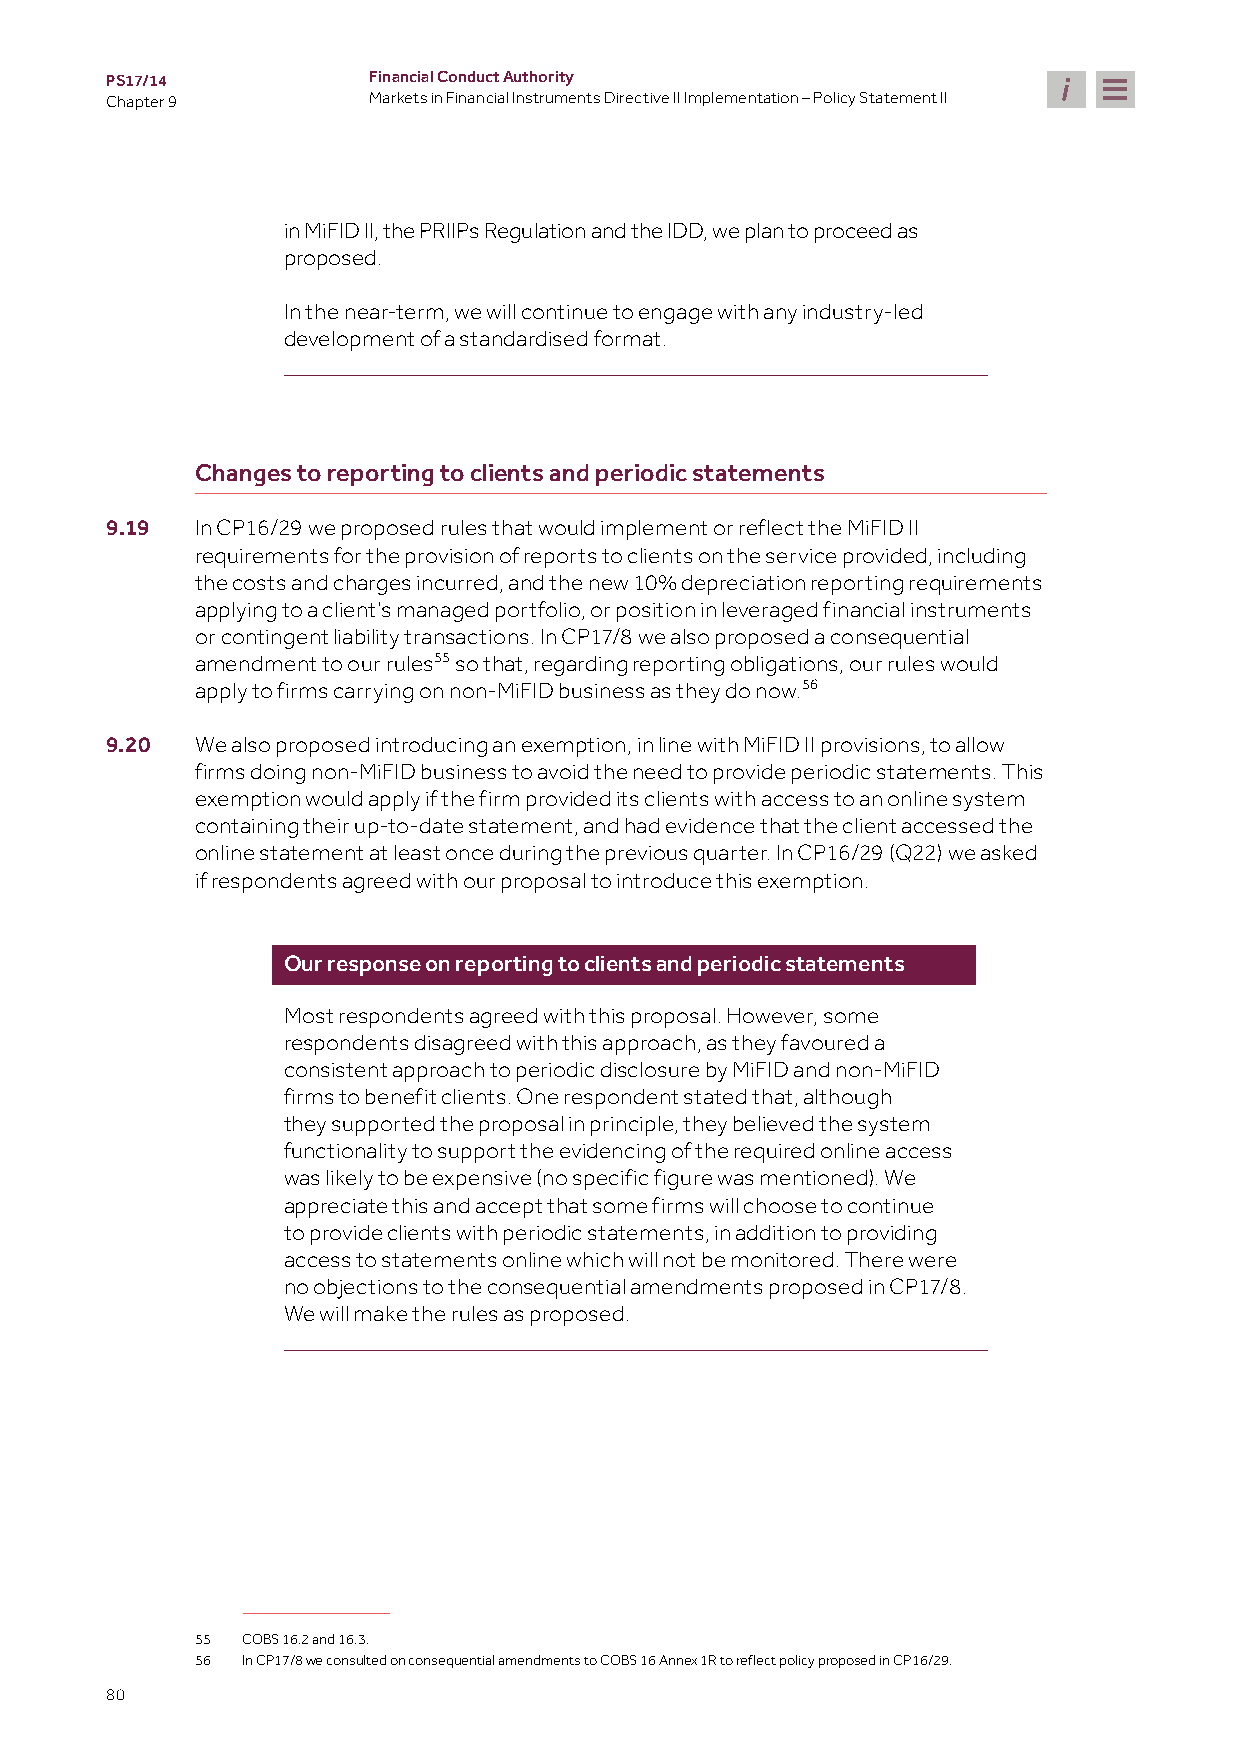
PS17/14          Financial Conduct Authority
 Chapter 9        Markets in Financial Instruments Directive II Implementation – Policy Statement II
 in MiFID II, the PRIIPs Regulation and the IDD, we plan to proceed as
 proposed.
 In the near-term, we will continue to engage with any industry-led
 development of a standardised format.
 Changes to reporting to clients and periodic statements
 9.19  In CP16/29 we proposed rules that would implement or reflect the MiFID II
 requirements for the provision of reports to clients on the service provided, including
 the costs and charges incurred, and the new 10% depreciation reporting requirements
 applying to a client’s managed portfolio, or position in leveraged financial instruments
 or contingent liability transactions. In CP17/8 we also proposed a consequential
 amendment to our rules55 so that, regarding reporting obligations, our rules would
 apply to firms carrying on non-MiFID business as they do now.56
 9.20  We also proposed introducing an exemption, in line with MiFID II provisions, to allow
 firms doing non-MiFID business to avoid the need to provide periodic statements. This
 exemption would apply if the firm provided its clients with access to an online system
 containing their up-to-date statement, and had evidence that the client accessed the
 online statement at least once during the previous quarter. In CP16/29 (Q22) we asked
 if respondents agreed with our proposal to introduce this exemption.
 Our response on reporting to clients and periodic statements
 Most respondents agreed with this proposal. However, some
 respondents disagreed with this approach, as they favoured a
 consistent approach to periodic disclosure by MiFID and non-MiFID
 firms to benefit clients. One respondent stated that, although
 they supported the proposal in principle, they believed the system
 functionality to support the evidencing of the required online access
 was likely to be expensive (no specific figure was mentioned). We
 appreciate this and accept that some firms will choose to continue
 to provide clients with periodic statements, in addition to providing
 access to statements online which will not be monitored. There were
 no objections to the consequential amendments proposed in CP17/8.
 We will make the rules as proposed.
 55 COBS 16.2 and 16.3.
 56 In CP17/8 we consulted on consequential amendments to COBS 16 Annex 1R to reflect policy proposed in CP16/29.
 80